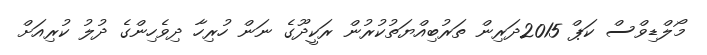
މޯލްޑިވްސް ކަޕް 2015ދަރިން ތަރުބިއްޔަތުކުރުން ރަކީދޫގެ ނަން ހުރިހާ ދިވެހިންގެ ދުލު ކުރިއަށް